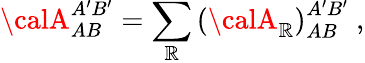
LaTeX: {\calA}_{AB}^{A^{\prime}B^{\prime}}=\sum_{{\cal\mathbb{R}}}\left({\calA}_{{\cal\mathbb{R}}}\right)_{AB}^{A^{\prime}B^{\prime}}\mathrm{{\ ,}}